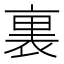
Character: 裏